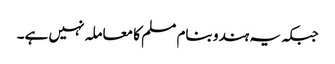
جبکہ یہ ہندو بنام مسلم کا معاملہ نہیں ہے۔